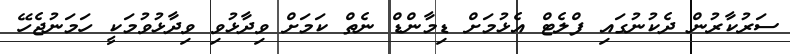
ސަރުކާރުން ދެކުނުގައި ފްލެޓް އެޅުމަށް ޑިމާންޑް ނެތް ކަމަށް ވިދާޅުވި ވިދާޅުވުމަކީ ހަމަނުޖެހޭ